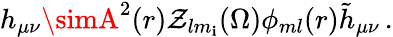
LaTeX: h_{\mu\nu}\simA^{2}(r)\mathcal{Z}_{lm_{\mathbf{i}}}(\Omega)\phi_{ml}(r){\tilde{{h}}}_{\mu\nu}\, .